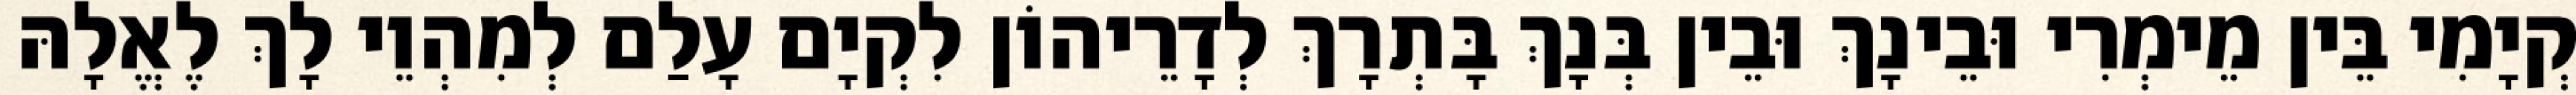
קְיָמִי בֵּין מֵימְרִי וּבֵינָךְ וּבֵין בְּנָךְ בָּתְרָךְ לְדָרֵיהוֹן לִקְיָם עָלַם לְמִהְוֵי לָךְ לֶאֱלָהּ